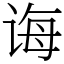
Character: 诲